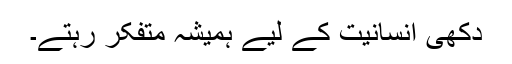
دکھی انسانیت کے لیے ہمیشہ متفکر رہتے۔